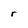
Character: r